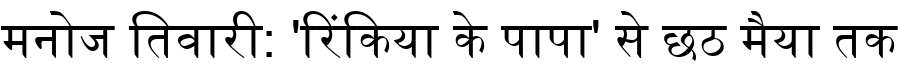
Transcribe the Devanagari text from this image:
मनोज तिवारी: 'रिंकिया के पापा' से छठ मैया तक